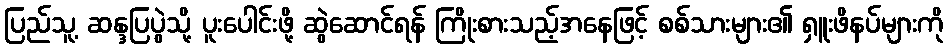
ပြည်သူ့ ဆန္ဒပြပွဲသို့ ပူးပေါင်းဖို့ ဆွဲဆောင်ရန် ကြိုးစားသည့်အနေဖြင့် စစ်သားများ၏ ရှူးဖိနပ်များကို